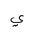
Letter: _ya